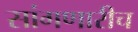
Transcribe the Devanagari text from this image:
सांगणारीच